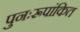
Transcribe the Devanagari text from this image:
पुनःरूपांकित